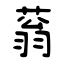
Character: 蓊